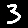
Digit: 3